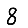
Digit: 8